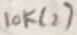
Text: 10K(2)